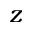
z